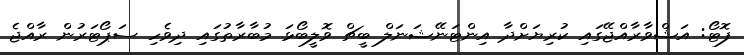
ފޮޓޯ: އަޝްވާރާއްޖޭގައި ކުރިޔަށްދާ އިންޓަނޭޝަނަލް ބީޗް ވޮލީބޯޅަ މުބާރާތުގައި ދިވެހި ސަޕޯޓަރުން ރާއްޖެ